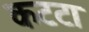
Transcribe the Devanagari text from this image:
कटटा